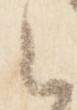
云